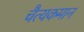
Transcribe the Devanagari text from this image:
चैत्यकमान